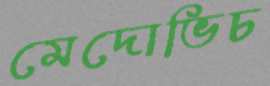
মেদোভিচ